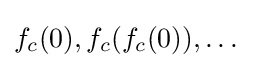
f_{c}(0),f_{c}(f_{c}(0)),\dotsc